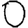
Digit: 0